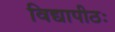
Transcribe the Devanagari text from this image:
विद्यापीठः